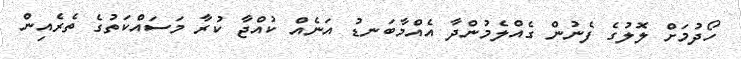
ހޯދުމަށް ލޮލުގެ ފެނުން ގެއްލެމުންދާ އެއްމާބަނޑު އަނެއް ކުއްޖާ ކުރާ މަސައްކަތުގެ ތެރެއިން